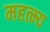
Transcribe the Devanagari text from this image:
महत्म्य